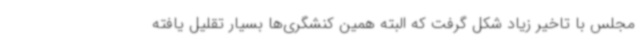
مجلس با تاخیر زیاد شکل گرفت که البته همین کنشگری‌ها بسیار تقلیل یافته